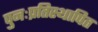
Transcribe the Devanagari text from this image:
पुनःप्रतिस्थापित